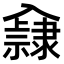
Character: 𨾁